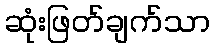
ဆုံးဖြတ်ချက်သာ